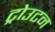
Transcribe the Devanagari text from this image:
ट्रोउटन